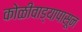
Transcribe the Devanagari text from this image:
कोळीवाड्यापासून